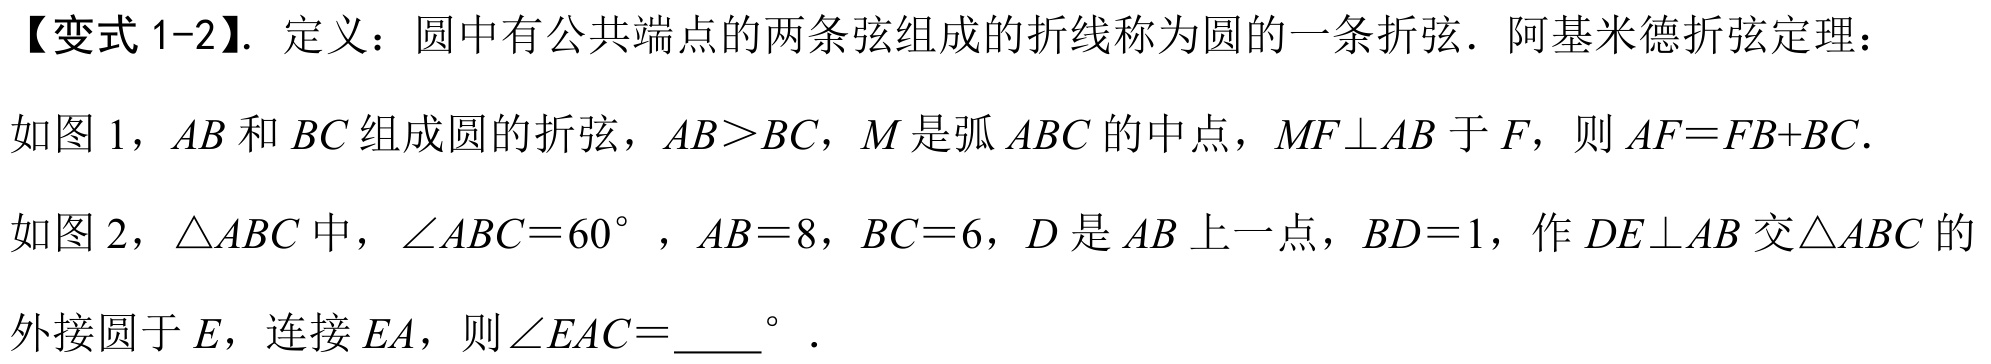
【变式 1-2】. 定义：圆中有公共端点的两条弦组成的折线称为圆的一条折弦. 阿基米德折弦定理：
如图 1，\(AB\) 和 \(BC\) 组成圆的折弦，\(AB > BC\)，\(M\) 是弧 \(ABC\) 的中点，\(MF\perp AB\) 于 \(F\)，则 \(AF = FB + BC\).

如图 2，\(\triangle ABC\) 中，\(\angle ABC = 60^{\circ}\) ，\(AB = 8\)，\(BC = 6\)，\(D\) 是 \(AB\) 上一点，\(BD = 1\)，作 \(DE\perp AB\) 交 \(\triangle ABC\) 的
外接圆于 \(E\)，连接 \(EA\)，则 \(\angle EAC = \_\_\_^{\circ}\) .